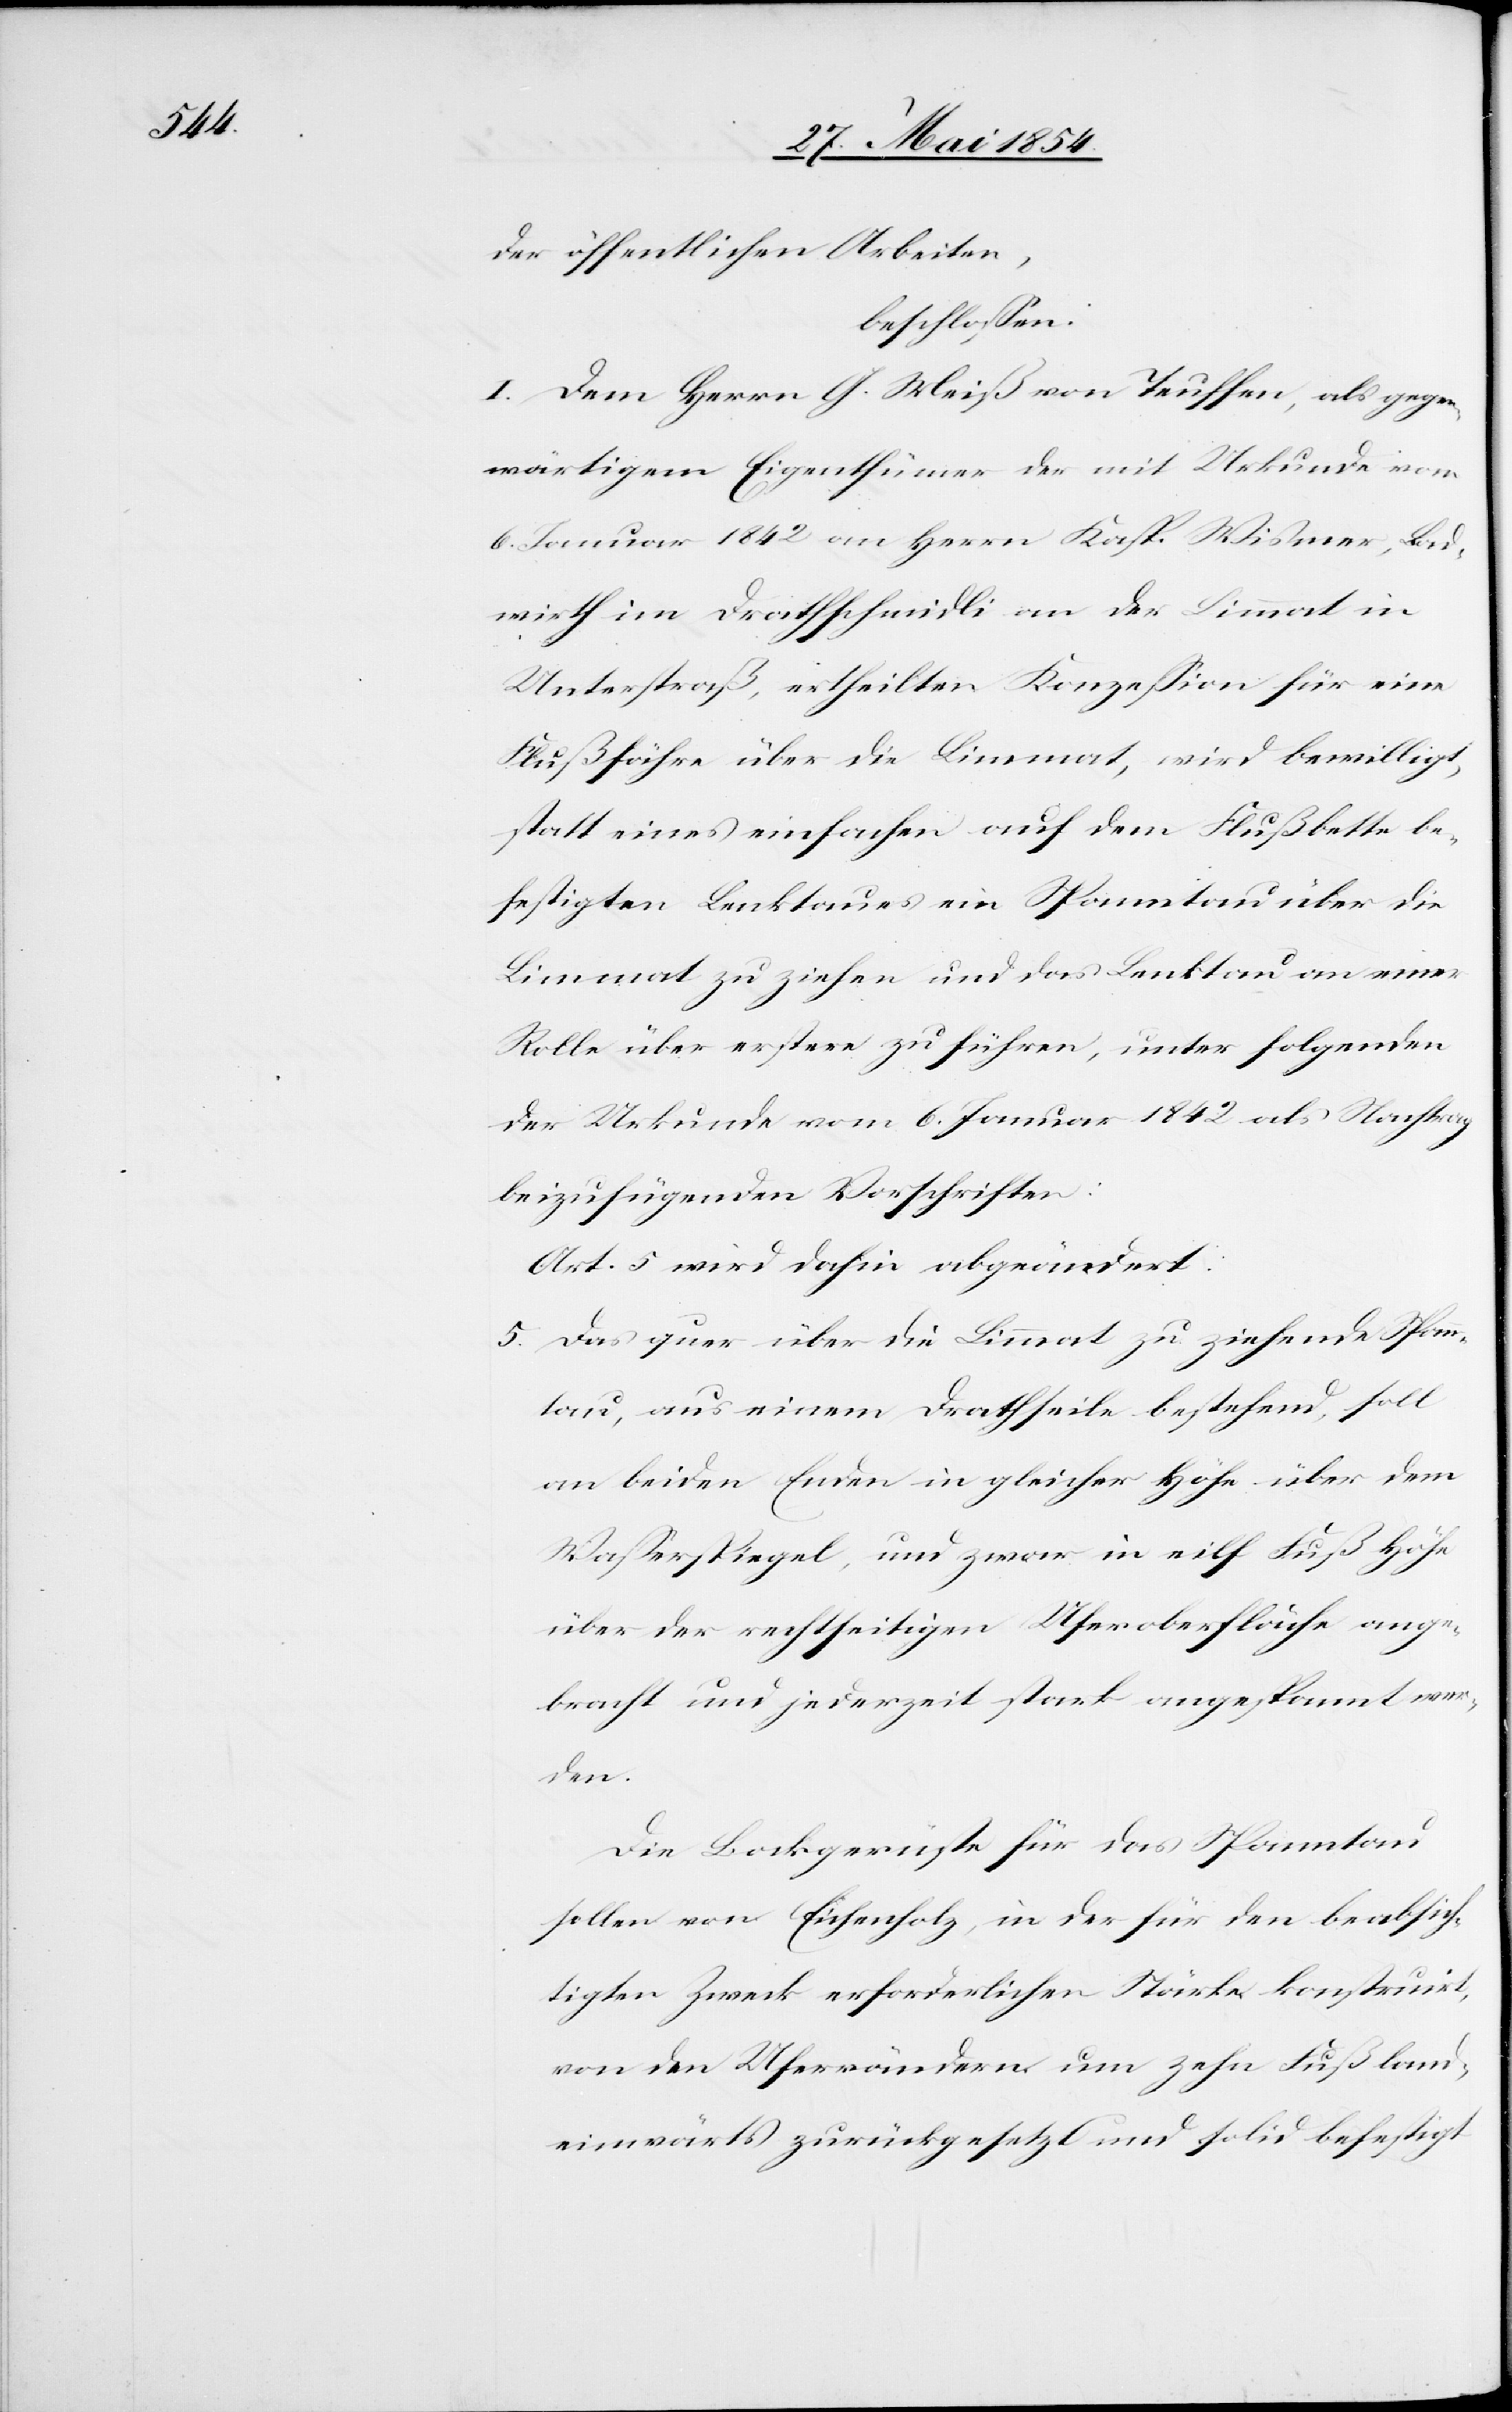
der öffentlichen Arbeiten,
beschloßen:
I. Dem Herrn G. Meiß von Teuffen, als gegen¬
wärtigem Eigenthümer der mit Urkunde vom
6. Januar 1842 an Herrn Kasp. Wismer, Land¬
wirth im Drathschmidli an der Limmat in
Unterstraß, ertheilten Konzeßion für eine
Flußfähre über die Limmat, wird bewilligt,
statt eines einfachen auf dem Flußbette be¬
festigten Lenktaues ein Spanntau über die
Limmat zu ziehen und das Lenktau an einer
Rolle über erstere zu führen, unter folgenden
der Urkunde vom 6. Januar 1842 als Nachtrag
beizufügenden Vorschriften:
Art. 5 wird dahin abgeändert.
5. Das quer über die Limmat zu ziehende Spann¬
tau, aus einem Drathseile bestehend, soll
an beiden Enden in gleicher Höhe über dem
Waßerspiegel , und zwar in eilf Fuß Höhe
über der rechtseitigen Uferoberfläche ange¬
bracht und jederzeit stark angespannt wer¬
den.
Die Bockgerüste für das Spanntau
sollen von Eichenholz, in der für den beabsich¬
tigten Zweck erforderlichen Stärke konstruirt,
von den Uferrändern um zehn Fuß land¬
einwärts zurückgesetzt und solid befestigt